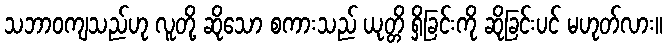
သဘာဝကျသည်ဟု လူတို့ ဆိုသော စကားသည် ယုတ္တိ ရှိခြင်းကို ဆိုခြင်းပင် မဟုတ်လား။